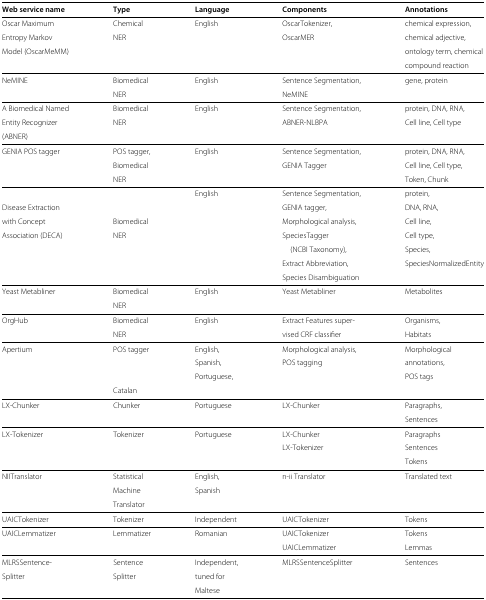
<table><thead><tr><td><b>Web service name</b></td><td><b>Type</b></td><td><b>Language</b></td><td><b>Components</b></td><td><b>Annotations</b></td></tr></thead><tbody><tr><td>Oscar Maximum</td><td>Chemical</td><td>English</td><td>OscarTokenizer,</td><td>chemical expression,</td></tr><tr><td>Entropy Markov</td><td>NER</td><td> </td><td>OscarMER</td><td>chemical adjective,</td></tr><tr><td>Model (OscarMeMM)</td><td> </td><td> </td><td> </td><td>ontology term, chemical</td></tr><tr><td> </td><td> </td><td> </td><td> </td><td>compound reaction</td></tr><tr><td>NeMINE</td><td>Biomedical</td><td>English</td><td>Sentence Segmentation,</td><td>gene, protein</td></tr><tr><td> </td><td>NER</td><td> </td><td>NeMINE</td><td> </td></tr><tr><td>A Biomedical Named</td><td>Biomedical</td><td>English</td><td>Sentence Segmentation,</td><td>protein, DNA, RNA,</td></tr><tr><td>Entity Recognizer</td><td>NER</td><td> </td><td>ABNER-NLBPA</td><td>Cell line, Cell type</td></tr><tr><td>(ABNER)</td><td> </td><td> </td><td> </td><td> </td></tr><tr><td>GENIA POS tagger</td><td>POS tagger,</td><td>English</td><td>Sentence Segmentation,</td><td>protein, DNA, RNA,</td></tr><tr><td> </td><td>Biomedical</td><td> </td><td>GENIA Tagger</td><td>Cell line, Cell type,</td></tr><tr><td> </td><td>NER</td><td> </td><td> </td><td>Token, Chunk</td></tr><tr><td> </td><td> </td><td>English</td><td>Sentence Segmentation,</td><td>protein,</td></tr><tr><td>Disease Extraction</td><td> </td><td> </td><td>GENIA tagger,</td><td>DNA, RNA,</td></tr><tr><td>with Concept</td><td>Biomedical</td><td> </td><td>Morphological analysis,</td><td>Cell line,</td></tr><tr><td>Association (DECA)</td><td>NER</td><td> </td><td>SpeciesTagger</td><td>Cell type,</td></tr><tr><td> </td><td> </td><td> </td><td>(NCBI Taxonomy),</td><td>Species,</td></tr><tr><td> </td><td> </td><td> </td><td>Extract Abbreviation,</td><td>SpeciesNormalizedEntity</td></tr><tr><td> </td><td> </td><td> </td><td>Species Disambiguation</td><td> </td></tr><tr><td>Yeast Metabliner</td><td>Biomedical</td><td>English</td><td>Yeast Metabliner</td><td>Metabolites</td></tr><tr><td> </td><td>NER</td><td> </td><td> </td><td> </td></tr><tr><td>OrgHub</td><td>Biomedical</td><td>English</td><td>Extract Features super-</td><td>Organisms,</td></tr><tr><td> </td><td>NER</td><td> </td><td>vised CRF classifier</td><td>Habitats</td></tr><tr><td>Apertium</td><td>POS tagger</td><td>English,</td><td>Morphological analysis,</td><td>Morphological</td></tr><tr><td> </td><td> </td><td>Spanish,</td><td>POS tagging</td><td>annotations,</td></tr><tr><td> </td><td> </td><td>Portuguese,</td><td> </td><td>POS tags</td></tr><tr><td> </td><td>Catalan</td><td> </td><td> </td><td> </td></tr><tr><td>LX-Chunker</td><td>Chunker</td><td>Portuguese</td><td>LX-Chunker</td><td>Paragraphs,</td></tr><tr><td> </td><td> </td><td> </td><td> </td><td>Sentences</td></tr><tr><td>LX-Tokenizer</td><td>Tokenizer</td><td>Portuguese</td><td>LX-Chunker</td><td>Paragraphs</td></tr><tr><td> </td><td> </td><td> </td><td>LX-Tokenizer</td><td>Sentences</td></tr><tr><td> </td><td> </td><td> </td><td> </td><td>Tokens</td></tr><tr><td>NIITranslator</td><td>Statistical</td><td>English,</td><td>n-ii Translator</td><td>Translated text</td></tr><tr><td> </td><td>Machine</td><td>Spanish</td><td> </td><td> </td></tr><tr><td> </td><td>Translator</td><td> </td><td> </td><td> </td></tr><tr><td>UAICTokenizer</td><td>Tokenizer</td><td>Independent</td><td>UAICTokenizer</td><td>Tokens</td></tr><tr><td>UAICLemmatizer</td><td>Lemmatizer</td><td>Romanian</td><td>UAICTokenizer</td><td>Tokens</td></tr><tr><td> </td><td> </td><td> </td><td>UAICLemmatizer</td><td>Lemmas</td></tr><tr><td>MLRSSentence-</td><td>Sentence</td><td>Independent,</td><td>MLRSSentenceSplitter</td><td>Sentences</td></tr><tr><td>Splitter</td><td>Splitter</td><td>tuned for</td><td> </td><td> </td></tr><tr><td> </td><td> </td><td>Maltese</td><td> </td><td> </td></tr></tbody></table>